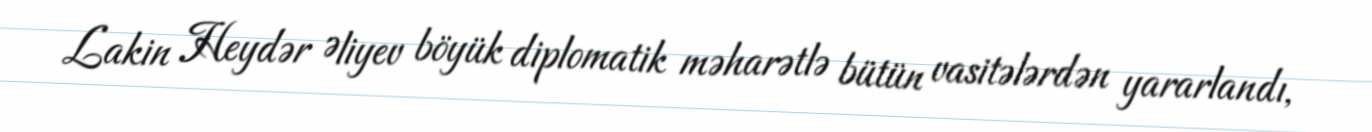
Lakin Heydər Əliyev böyük diplomatik məharətlə bütün vasitələrdən yararlandı,